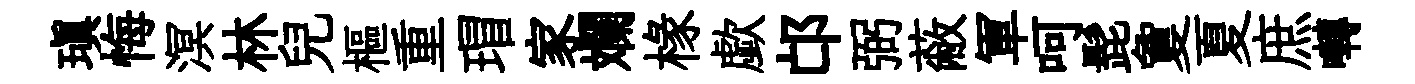
瑱悔溟林兒樞重瑁家斕椽歔邙弼蔽軍呵髭夐夏庶囀